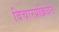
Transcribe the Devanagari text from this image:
विचारप्रक्रियेत